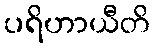
ပရိဟာယီတိ